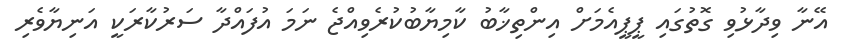
އޭނާ ވިދާޅުވި ގޮތުގައި ޕީޕީއެމަށް އިންތިޚާބު ކާމިޔާބުކުރެވިއްޖެ ނަމަ އުފައްދާ ސަރުކާރަކީ އަނިޔާވެރި